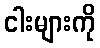
ငါးများကို